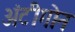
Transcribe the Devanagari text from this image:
अंटीगोन